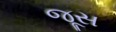
જૂસ